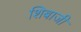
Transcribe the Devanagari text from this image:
शिबाजी